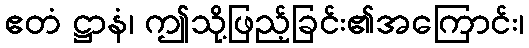
ဧတံ ဋ္ဌာနံ၊ ဤသို့ဖြည့်ခြင်း၏အကြောင်း၊